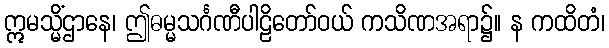
ဣမသ္မိံဌာနေ၊ ဤဓမ္မသင်္ဂဏီပါဠိတော်ဝယ် ကသိဏအရာ၌။ န ကထိတံ၊